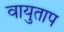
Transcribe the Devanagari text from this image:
वायुताप